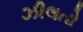
ઝીલતો